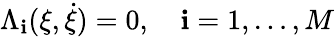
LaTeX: \Lambda_{\mathbf{i}}(\xi,\dot{{\xi}})=0,\quad\mathbf{i}=1,\dots,M